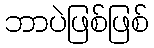
ဘာပဲဖြစ်ဖြစ်